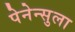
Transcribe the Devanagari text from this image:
पेनेन्सुला